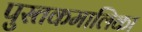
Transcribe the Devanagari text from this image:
पुस्तकमालिका